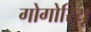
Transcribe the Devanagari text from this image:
गोगोरियू